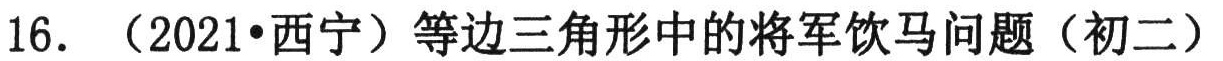
16. （2021•西宁）等边三角形中的将军饮马问题（初二）